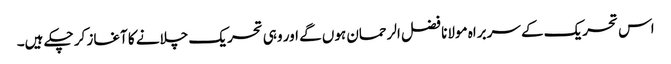
اس تحریک کے سربراہ مولانا فضل الرحمان ہوں گے اور وہی تحریک چلانے کا آغاز کر چکے ہیں۔